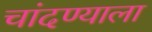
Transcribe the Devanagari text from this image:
चांदण्याला